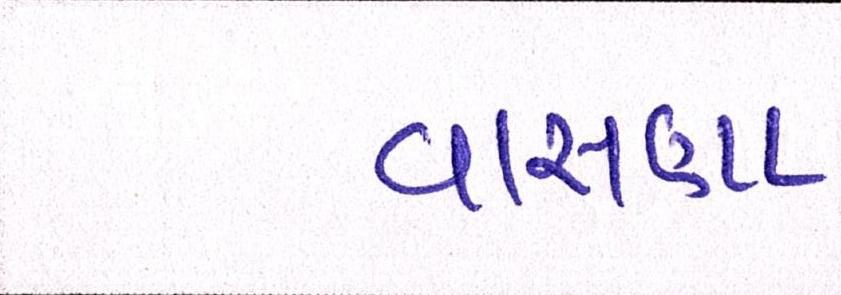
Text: વાસણા